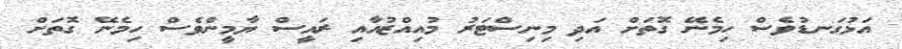
އަޅުގަނޑުވެސް ހިމެނޭ ގޮތަށް އަދި މިނިސްޓަރު މުއިއްޒުއާއި ރައީސް ޔާމީންވެސް ހިމެނޭ ގޮތަށް